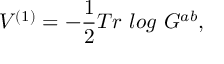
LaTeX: V ^ { ( 1 ) } = - \frac 1 2 T r ~ l o g ~ G ^ { a b } ,